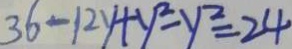
3 6 - 1 2 y + y ^ { 2 } - y ^ { 2 } = 2 4